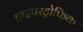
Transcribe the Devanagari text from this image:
हाइपरट्रोफिक